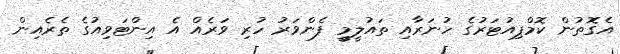
އެގޮތުން ކޮމްޕިއުޓަރުގެ ހުނަރާއި ތައުލީމީ ފެންވަރު ހުރި ވަރެއް އެ އިންޓަވިއުގެ ތެރެއިން